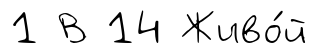
1 В 14 Живо́й